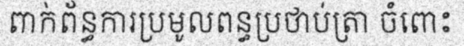
ពាក់ព័ន្ធការប្រមូលពន្ធប្រថាប់ត្រា ចំពោះ